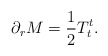
\begin{align*}\partial_r M={1\over 2}T^t_t .\end{align*}